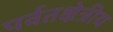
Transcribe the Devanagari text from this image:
पर्वतक्षेत्रीय